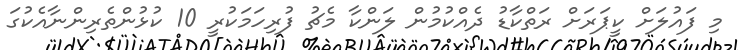
މި ފައުލަށް ކީޕަރަށް ރަތްކާޑު ދެއްކުމުން ލަންކާ މެޗު ފުރިހަމަކުރީ 10 ކުޅުންތެރިންނާއެކުގަ